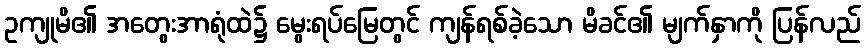
ဥကျုမိ၏ အတွေးအာရုံထဲ၌ မွေးရပ်မြေတွင် ကျန်ရစ်ခဲ့သော မိခင်၏ မျက်နှာကို ပြန်လည်